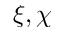
\xi , \chi